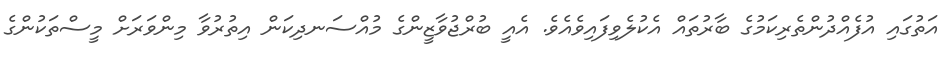
އަތުގައި އުފެއްދުންތެރިކަމުގެ ބާރުތައް އެކުލެވިފައިވެއެވެ. އެއީ ބުރްޖުވާޒީންގެ މުއްސަނދިކަން އިތުރުވާ މިންވަރަށް މީސްތަކުންގެ